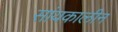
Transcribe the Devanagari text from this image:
सांयकालीन